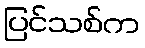
ပြင်သစ်က